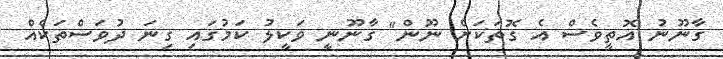
ގާނޫނު އޮތީވެސް އެ ގޮތަކަށް ނޫން" ގާނޫނީ ވަކީލު ކަމުގައި ގިނަ ދުވަސްތަކެއް